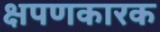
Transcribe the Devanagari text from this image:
क्षपणकारक